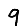
Digit: 9